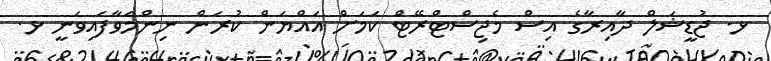
ޅ. ޖުޑީޝަލް ދާއިރާގެ އިސް މެޖިސްޓްރޭޓް ކަމަށް އައްޔަން ކުރަން ނިންމަވާފައިވަނީ ޅ.